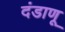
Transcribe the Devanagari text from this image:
दंडाणू